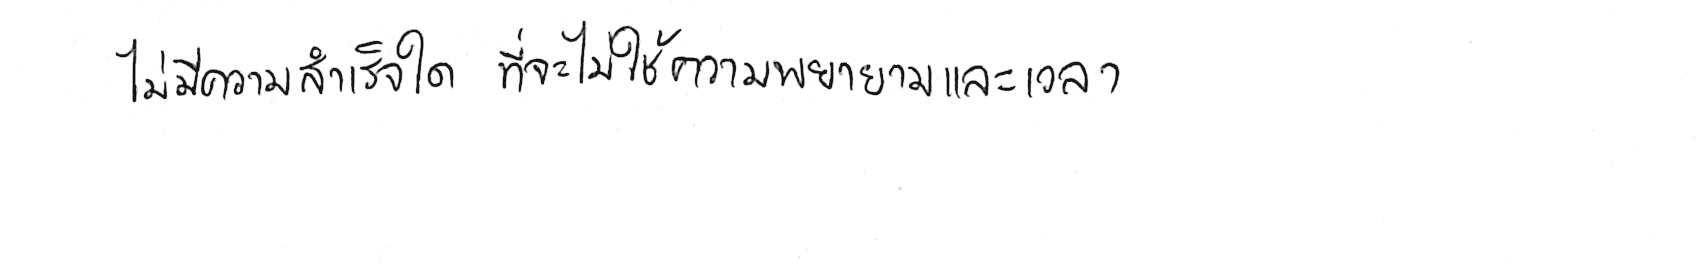
ไม่มีความสำเร็จใด ที่จะไม่ใช้ความพยายามและเวลา